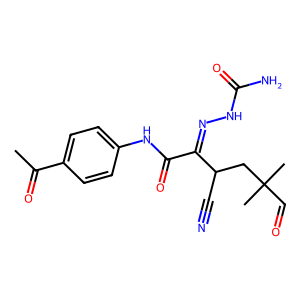
SMILES: CC(=O)c1ccc(NC(=O)C(=NNC(N)=O)C(C#N)CC(C)(C)C=O)cc1
Inhibits HIV replication: No